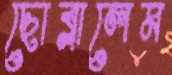
ছোব্‌লালেম